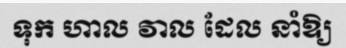
ទុក ហាល វាល ដែល នាំឱ្យ